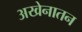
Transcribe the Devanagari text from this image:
अखेनातन